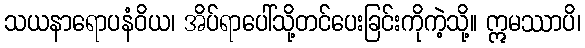
သယနာရောပနံဝိယ၊ အိပ်ရာပေါ်သို့တင်ပေးခြင်းကိုကဲ့သို့။ ဣမဿာပိ၊